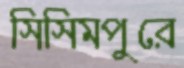
সিসিমপুরে